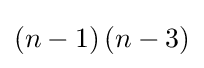
\left(n-1\right)\left(n-3\right)